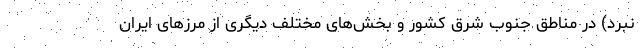
نبرد) در مناطق جنوب شرق کشور و بخش‌های مختلف دیگری از مرزهای ایران